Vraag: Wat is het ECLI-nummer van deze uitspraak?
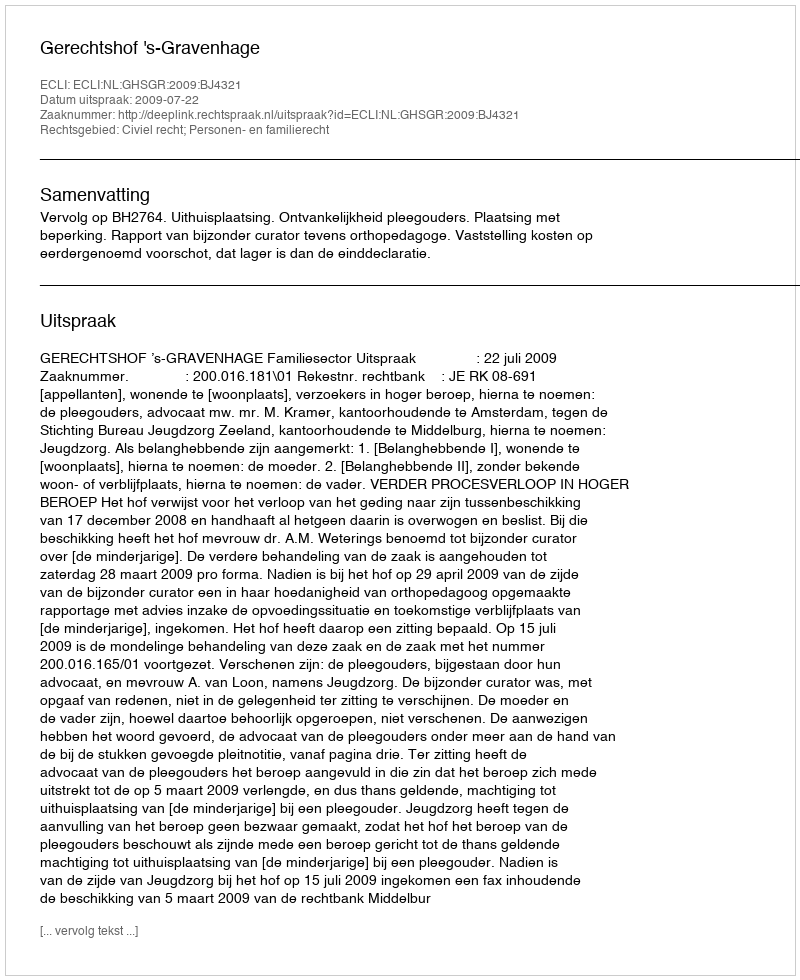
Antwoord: ECLI:NL:GHSGR:2009:BJ4321